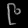
Digit: ၉